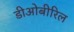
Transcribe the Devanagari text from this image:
डीओबीरिल